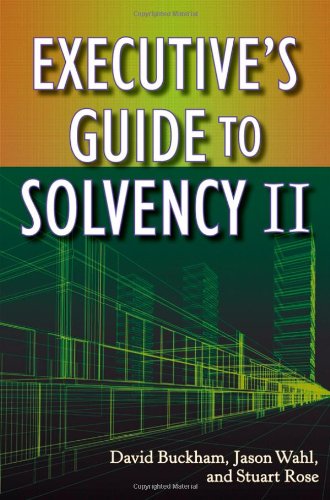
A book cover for Executive's Guide to Solvency II; David Buckham; Law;